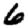
Digit: 6